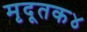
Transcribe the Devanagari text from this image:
मृदूतक४